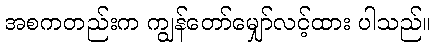
အစကတည်းက ကျွန်တော်မျှော်လင့်ထား ပါသည်။